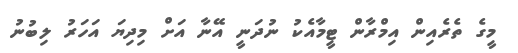
މީގެ ތެރެއިން އިމްރާން ޓީމާއެކު ނުދަނީ އޭނާ އަށް މިދިޔަ އަހަރު ލިބުނު